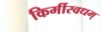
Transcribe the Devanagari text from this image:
किर्मीरवधम्